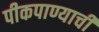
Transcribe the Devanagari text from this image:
पीकपाण्याची